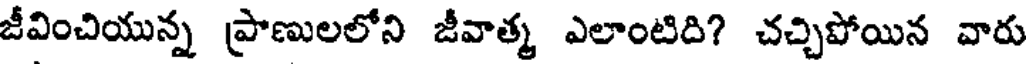
జీవించియున్న ప్రాణులలోని జీవాత్మ ఎలాంటిది? చచ్చిపోయిన వారు